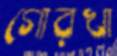
গোরখা